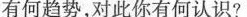
有何趋势，对此你有何认识?